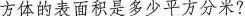
方体的表面积是多少平方分米?